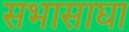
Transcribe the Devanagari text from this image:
सभासाद्या